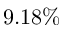
9 . 1 8 \%